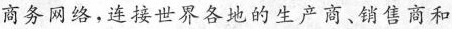
商务网络，连接世界各地的生产商、销售商和